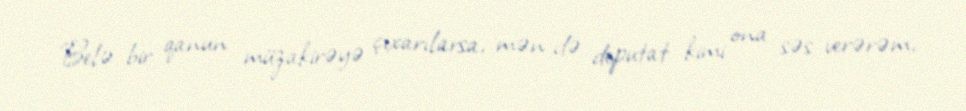
Belə bir qanun müzakirəyə çıxarılarsa, mən də deputat kimi ona səs verərəm,